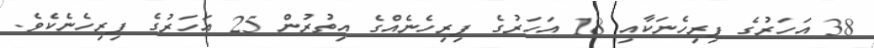
38 އަހަރުގެ ފިރިހެނަކާއި 18 އަހަރުގެ ފިރިހެނެއްގެ އިތުރުން 25 އަހަރުގެ ފިރިހެނެކެވެ.